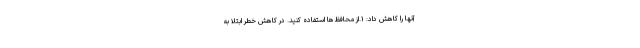
آنها را کاهش داد: ۱.از محافظ‌ها استفاده کنید. در کاهش خطر ابتلا به